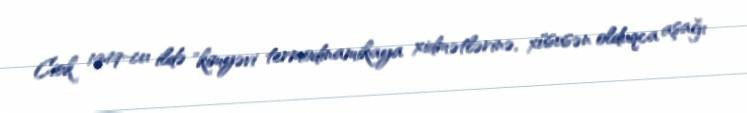
Ciok 1949-cu ildə "kimyəvi termodinamikaya xidmətlərinə, xüsusən olduqca aşağı